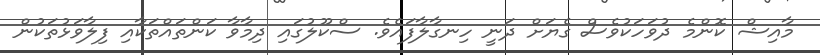
މާއިޝް ކޮންމެ ދުވަހަކުވެސް ގެޔަށް ދަނީ ހިނގާލާފައެވެ. ސްކޫލުގައި ދިމާވާ ކަންތައްތަކާއި ފިލާވަޅުތަކުން